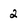
Character: 2